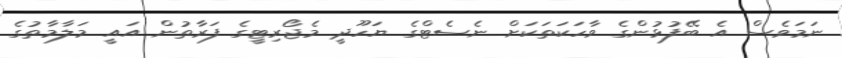
ނަމަވެސް އެ ބޭފުޅުންގެ ވާހަކަތަކަށް ނެސެޓްގެ ޔަހޫދީ މެޖޯރިޓީގެ ފަރާތުން އައީ މަލާމާތުގެ